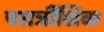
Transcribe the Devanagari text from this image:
परात्रींशिक